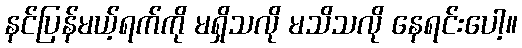
နင်ပြန်မယ့်ရက်ကို မရှိသလို မသိသလို နေရင်းပေါ့။